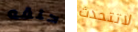
حلقه لاتتحدث